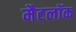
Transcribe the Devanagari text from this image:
मैटलॉक